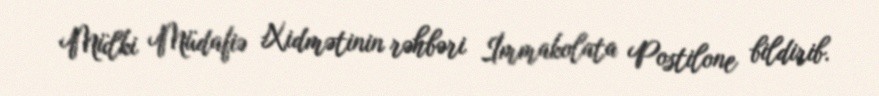
Mülki Müdafiə Xidmətinin rəhbəri İmmakolata Postilone bildirib.